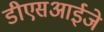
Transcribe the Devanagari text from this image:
डीएसआईजे